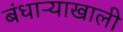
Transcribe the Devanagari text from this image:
बंधाऱ्याखाली